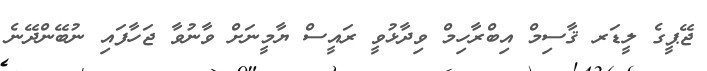
ޖޭޕީގެ ލީޑަރ ޤާސިމް އިބްރާހިމް ވިދާޅުވީ ރައީސް ޔާމީނަށް ވާނުވާ ޖަހާފައި ނުބޭންދޭނެ